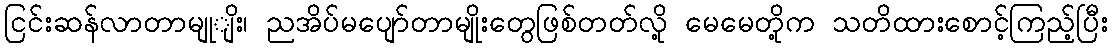
ငြင်းဆန်လာတာမျုျိး၊ ညအိပ်မပျော်တာမျိုးတွေဖြစ်တတ်လို့ မေမေတို့က သတိထားစောင့်ကြည့်ပြီး